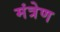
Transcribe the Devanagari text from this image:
मंत्रेण